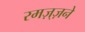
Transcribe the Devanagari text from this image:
रमज़्ज़ने